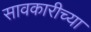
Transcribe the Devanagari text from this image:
सावकारीच्या